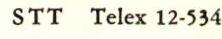
STT Telex 12-534